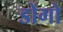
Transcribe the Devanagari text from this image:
डोंगो